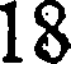
18